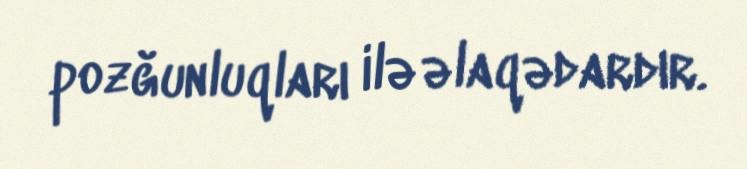
pozğunluqları ilə əlaqədardır.